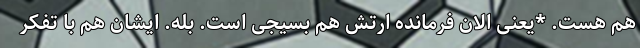
هم هست. *یعنی الان فرمانده ارتش هم بسیجی است. بله. ایشان هم با تفکر